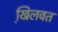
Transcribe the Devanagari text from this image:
खि़लवत